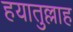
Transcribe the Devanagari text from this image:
हयातुल्लाह